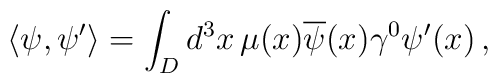
\left< \psi,\psi^{\prime}\right>=\int_{D}d^{3}x\,\mu(x)\overline{\psi}(x)\gamma^{0}\psi^{\prime}(x)  \,,